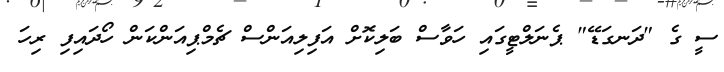
ސީ ގެ "ދަނގަޑޭ" ޕެނަލްޓީގައި ހަވާސް ބަލިކޮށް އަފިލިއަންސް ޗެމްޕިއަންކަން ހޯދައިފި ރިހަ